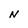
Character: N